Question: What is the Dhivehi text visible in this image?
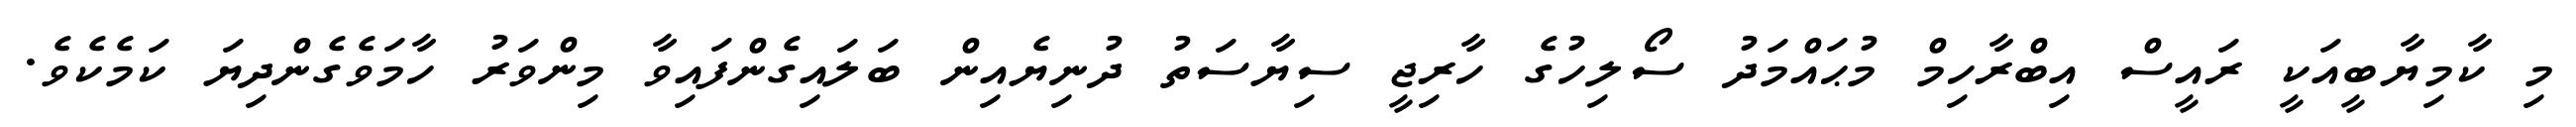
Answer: މި ކާމިޔާބީއަކީ ރައީސް އިބްރާހިމް މުޙައްމަދު ސޯލިހުގެ ހާރިޖީ ސިޔާސަތު ދުނިޔެއިން ބަލައިގެންފައިވާ މިންވަރު ހާމަވެގެންދިޔަ ކަމެކެވެ.